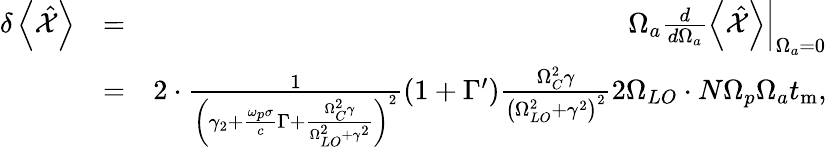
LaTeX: \begin{array}{rlr}{\delta\left<\hat{\mathcal X}\right>}&{=}&{\Omega_{a}\frac{d}{d\Omega_{a}}\left.\left<\hat{\mathcal X}\right>\right|_{\Omega_{a}=0}}\\ &{=}&{2\cdot\frac{1}{\left(\gamma_{2}+\frac{\omega_{p}\sigma}{c}\Gamma+\frac{\Omega_{C}^{2}\gamma}{\Omega_{LO}^{2}+\gamma^{2}}\right)^{2}}\left(1+\Gamma^{\prime}\right)\frac{\Omega_{C}^{2}\gamma}{\left(\Omega_{LO}^{2}+\gamma^{2}\right)^{2}}2\Omega_{LO}\cdot N\Omega_{p}\Omega_{a}t_{\mathrm{m}},}\end{array}